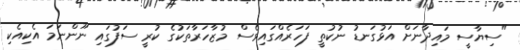
"ސިޔާސީ މައިދާނަށް އަޅުގަނޑު ނުކުތީ ފަހަރެއްގައިވެސް މުޒާހަރާތަކުގެ ކުރީ ސަފުގައި ނޫންނަމަ އެކިއެކި